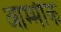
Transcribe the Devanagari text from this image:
आम्भीक